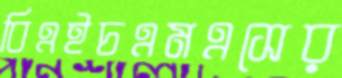
বিএইচএমএসের